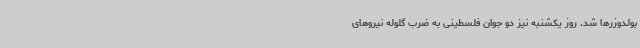
بولدوزرها شد. روز یکشنبه نیز دو جوان فلسطینی به ضرب گلوله نیروهای